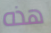
هذه